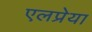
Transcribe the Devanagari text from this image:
एलप्रेया